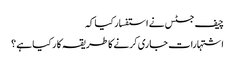
چیف جسٹس نے استفسار کیا کہ
اشتہارات جاری کرنے کا طریقہ کا ر کیا ہے ؟